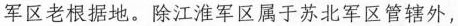
军区老根据地。除江淮军区属于苏北军区管辖外，